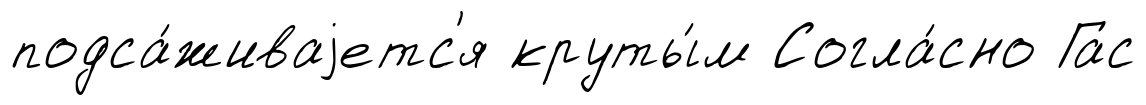
подса́живаjетс'я круты́м Согла́сно Гас